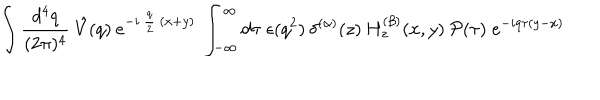
\int \frac { d ^ { 4 } q } { ( 2 \pi ) ^ { 4 } } \: \hat { V } ( q ) \: e ^ { - i \: \frac { q } { 2 } \: ( x + y ) } \: \int _ { - \infty } ^ { \infty } d \tau \; \epsilon ( q ^ { 2 } ) \: \delta ^ { ( \alpha ) } ( z ) \: H _ { z } ^ { ( \beta ) } ( x , y ) \: { \mathcal { P } } ( \tau ) \; e ^ { - i q \tau ( y - x ) }